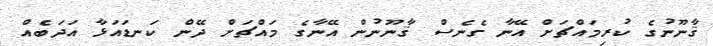
ޤާނޫނުގެ ކުރިމައްޗަށް އޭނާ ގެނެސް ޤާނޫނުން އޭނާގެ މައްޗަށް ދޭން ކަނޑައަޅާ އަދަބެއް